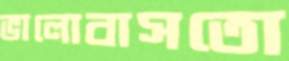
ভালোবাসতো